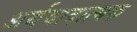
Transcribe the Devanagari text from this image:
अर्थवादात्मक